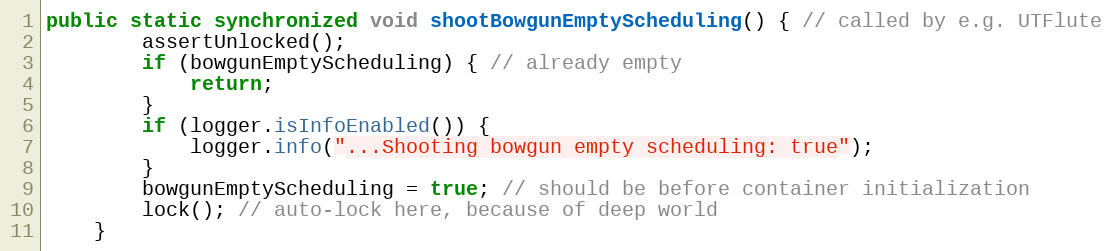
Language: Java
public static synchronized void shootBowgunEmptyScheduling() { // called by e.g. UTFlute
        assertUnlocked();
        if (bowgunEmptyScheduling) { // already empty
            return;
        }
        if (logger.isInfoEnabled()) {
            logger.info("...Shooting bowgun empty scheduling: true");
        }
        bowgunEmptyScheduling = true; // should be before container initialization
        lock(); // auto-lock here, because of deep world
    }